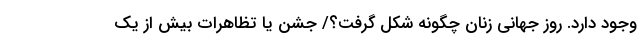
وجود دارد. روز جهانی زنان چگونه شکل گرفت؟/ جشن یا تظاهرات بیش از یک